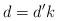
LaTeX: \begin{align*}d = d'k\end{align*}